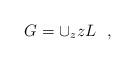
LaTeX: \begin{align*}G=\cup_z zL \ \ ,\end{align*}